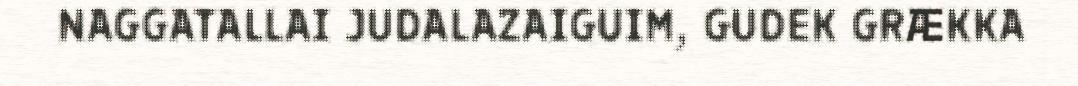
NAGGATALLAI JUDALAZAIGUIM, GUDEK GRÆKKA